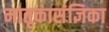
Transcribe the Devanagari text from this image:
मातृकासंज्ञिका